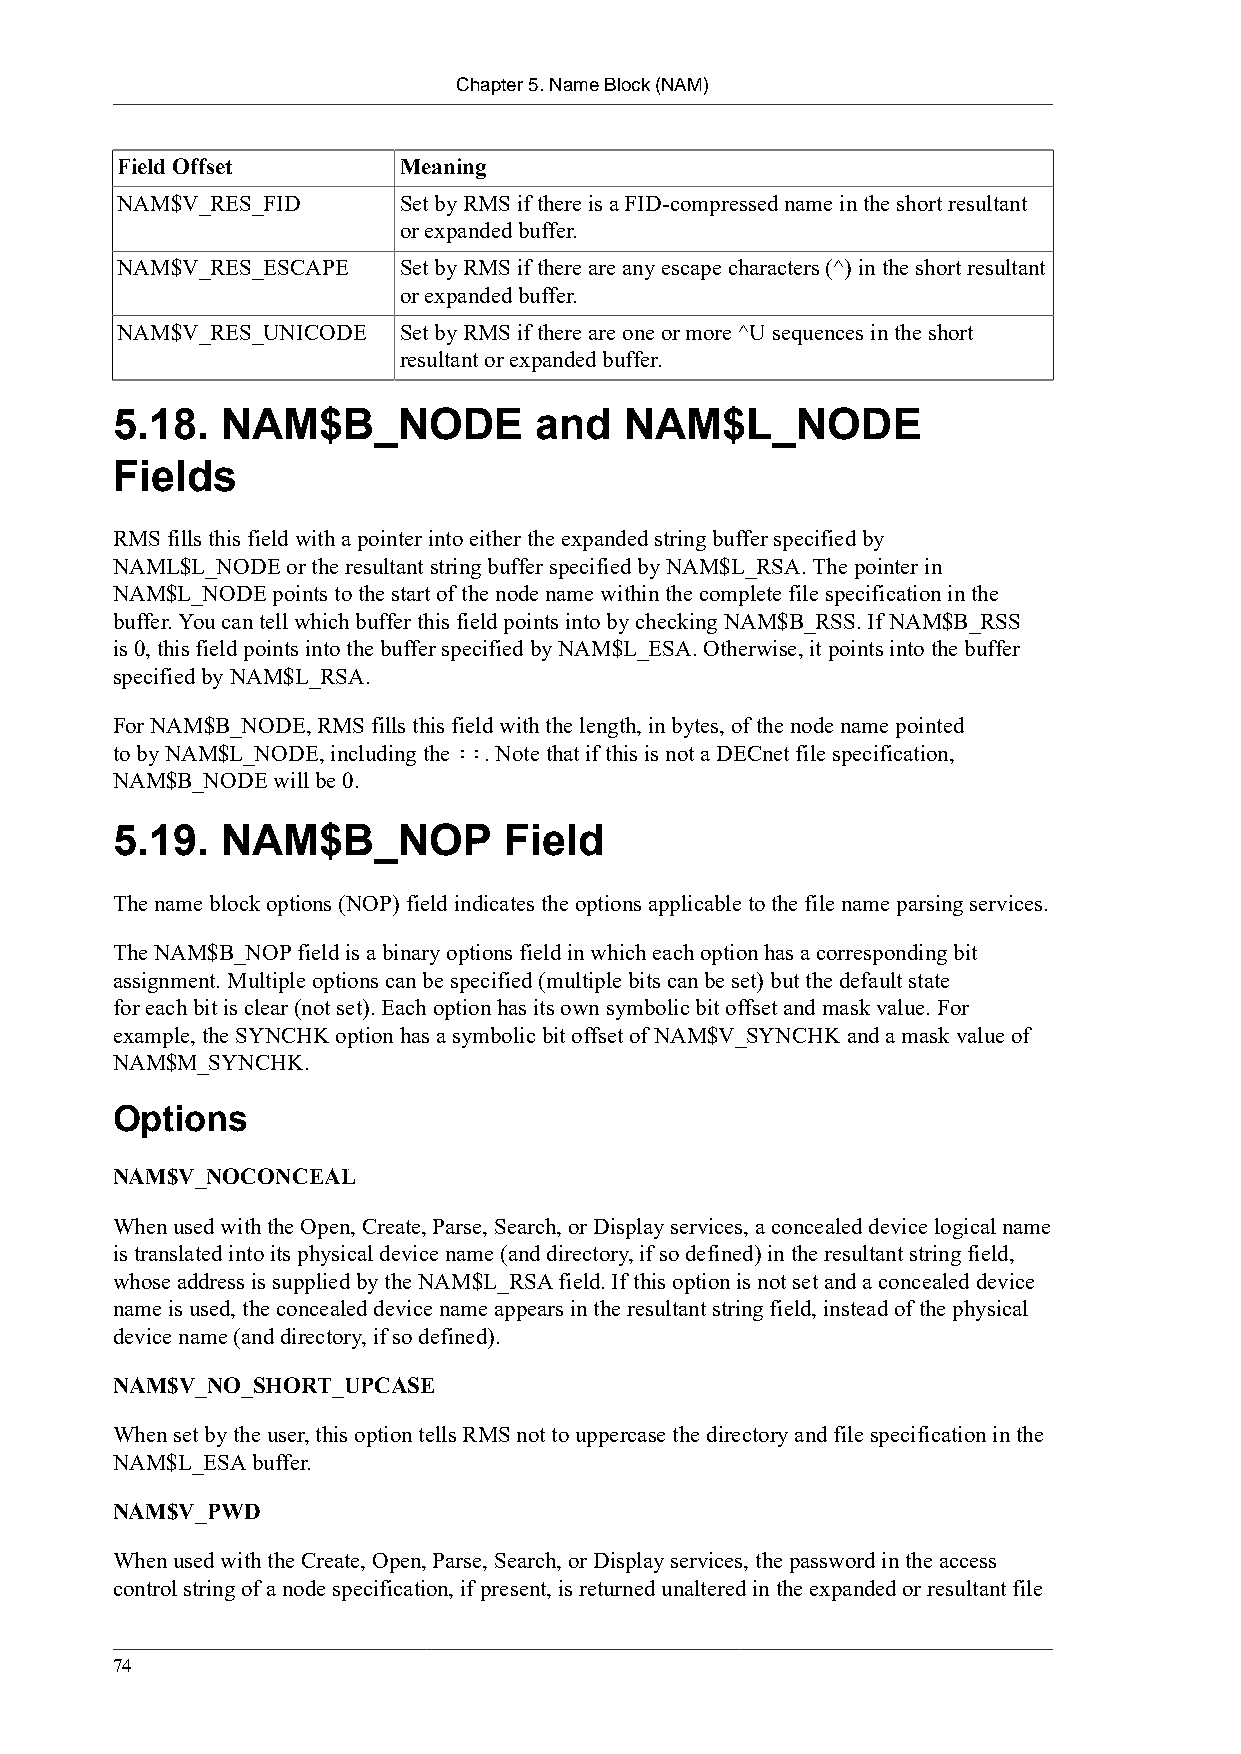
Chapter 5. Name Block (NAM)
 Field Offset      Meaning
 NAM$V_RES_FID     Set by RMS if there is a FID-compressed name in the short resultant
 or expanded buffer.
 NAM$V_RES_ESCAPE  Set by RMS if there are any escape characters (^) in the short resultant
 or expanded buffer.
 NAM$V_RES_UNICODE Set by RMS if there are one or more ^U sequences in the short
 resultant or expanded buffer.
 5.18.   NAM$B_NODE          and   NAM$L_NODE
 Fields
 RMS fills this field with a pointer into either the expanded string buffer specified by
 NAML$L_NODE or the resultant string buffer specified by NAM$L_RSA. The pointer in
 NAM$L_NODE points to the start of the node name within the complete file specification in the
 buffer. You can tell which buffer this field points into by checking NAM$B_RSS. If NAM$B_RSS
 is 0, this field points into the buffer specified by NAM$L_ESA. Otherwise, it points into the buffer
 specified by NAM$L_RSA.
 For NAM$B_NODE, RMS fills this field with the length, in bytes, of the node name pointed
 to by NAM$L_NODE, including the ::. Note that if this is not a DECnet file specification,
 NAM$B_NODE will be 0.
 5.19.   NAM$B_NOP         Field
 The name block options (NOP) field indicates the options applicable to the file name parsing services.
 The NAM$B_NOP field is a binary options field in which each option has a corresponding bit
 assignment. Multiple options can be specified (multiple bits can be set) but the default state
 for each bit is clear (not set). Each option has its own symbolic bit offset and mask value. For
 example, the SYNCHK option has a symbolic bit offset of NAM$V_SYNCHK and a mask value of
 NAM$M_SYNCHK.
 Options
 NAM$V_NOCONCEAL
 When used with the Open, Create, Parse, Search, or Display services, a concealed device logical name
 is translated into its physical device name (and directory, if so defined) in the resultant string field,
 whose address is supplied by the NAM$L_RSA field. If this option is not set and a concealed device
 name is used, the concealed device name appears in the resultant string field, instead of the physical
 device name (and directory, if so defined).
 NAM$V_NO_SHORT_UPCASE
 When set by the user, this option tells RMS not to uppercase the directory and file specification in the
 NAM$L_ESA buffer.
 NAM$V_PWD
 When used with the Create, Open, Parse, Search, or Display services, the password in the access
 control string of a node specification, if present, is returned unaltered in the expanded or resultant file
 74